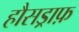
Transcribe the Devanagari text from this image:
हौसड्राफ़